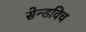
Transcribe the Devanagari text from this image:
सेन्डविच